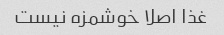
غذا اصلا خوشمزه نیست